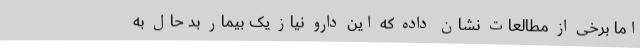
اما برخی از مطالعات نشان داده‌ که این دارو نیاز یک بیمار بد حال به